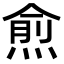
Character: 𭵙